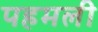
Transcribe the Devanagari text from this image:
पहमली